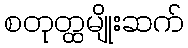
စတုတ္ထမျိုးဆက်